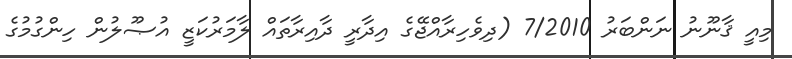
މިއީ ޤާނޫނު ނަންބަރު 7/2010 (ދިވެހިރާއްޖޭގެ އިދާރީ ދާއިރާތައް ލާމަރުކަޒީ އުޞޫލުން ހިންގުމުގެ